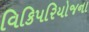
વિકિપરિયોજના